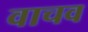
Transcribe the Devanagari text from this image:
वाचव